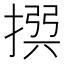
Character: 𢰅